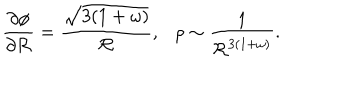
\frac { \partial \phi } { \partial { \cal R } } = \frac { \sqrt { 3 ( 1 + \omega ) } } { { \cal R } } , \rho \sim \frac { 1 } { { \cal R } ^ { 3 ( 1 + \omega ) } } .